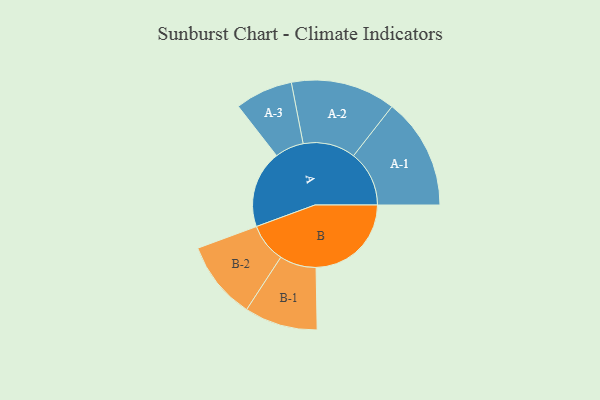
{"axis": {"x": "Segment", "y": "Value"}, "legend": ["", "A", "B"], "data": [{"x": "A", "y": 381, "type": ""}, {"x": "B", "y": 469, "type": ""}, {"x": "A-1", "y": 274, "type": "A"}, {"x": "A-2", "y": 258, "type": "A"}, {"x": "A-3", "y": 142, "type": "A"}, {"x": "B-1", "y": 180, "type": "B"}, {"x": "B-2", "y": 193, "type": "B"}]}